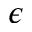
\epsilon